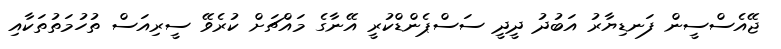
ޖޭއެސްސީން ފަނޑިޔާރު އަބުދު ދީދީ ސަސްޕެންޑްކުރީ އޭނާގެ މައްޗަށް ކުރެވޭ ސީރިއަސް ތުހުމަތުތަކާއި